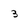
Character: 3